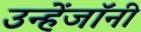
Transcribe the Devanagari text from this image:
उन्हेंजॉनी